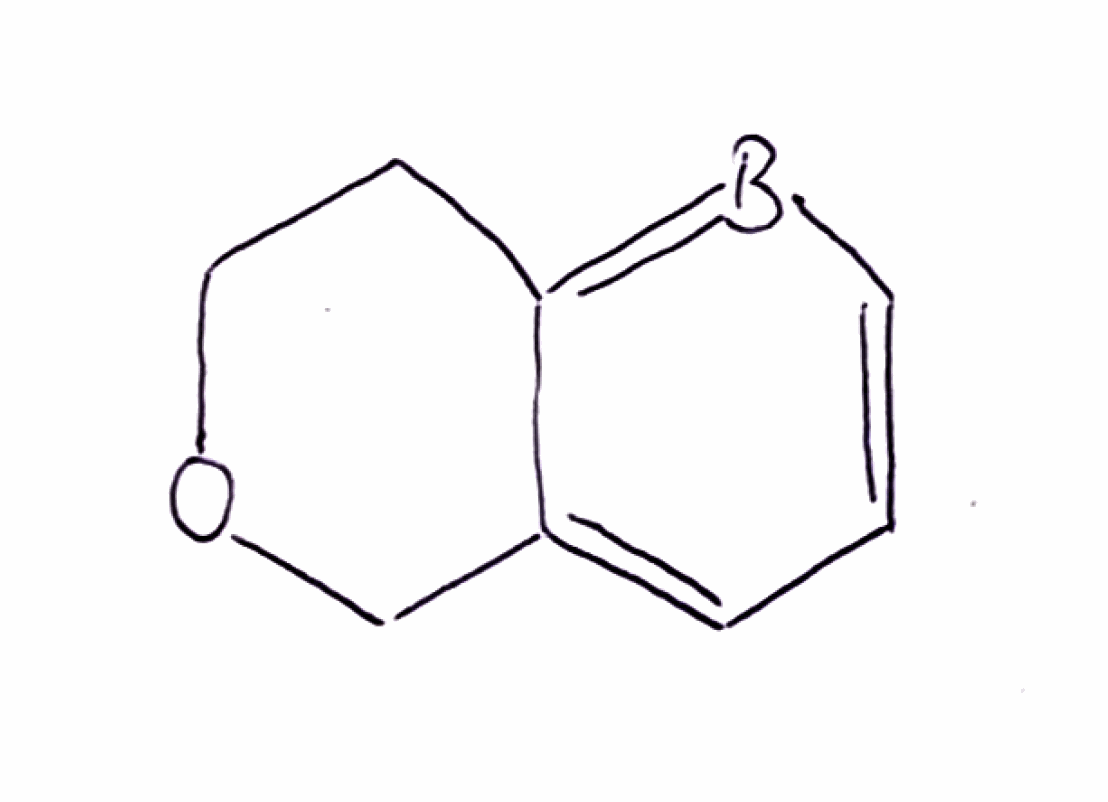
Simplified molecular-input line-entry system (SMILES) notation of the given molecule:
B1=C2CCOCC2=CC=C1